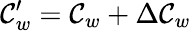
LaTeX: \mathcal{C}_{w}^{\prime}=\mathcal{C}_{w}+\Delta\mathcal{C}_{w}